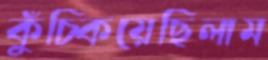
কুঁচ্‌কিয়েছিলাম